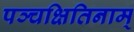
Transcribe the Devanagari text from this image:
पञ्चक्षितिनाम्